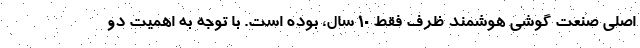
اصلی صنعت گوشی هوشمند ظرف فقط 10 سال، بوده است. با توجه به اهمیت دو